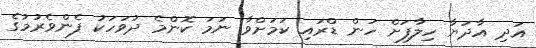
އަދި އާދަޔާ ހިލާފަށް ހަން ޑްރައި ކަމަށްވާ ނަމަ ކޮންމެ ދުވަހަކު ފެންވެރުމުގެ